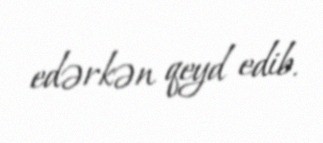
edərkən qeyd edib.